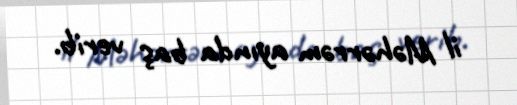
il Məhərrəm ayında baş verib.